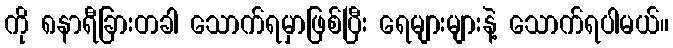
ကို ၈နာရီခြားတခါ သောက်ရမှာဖြစ်ပြီး ရေများများနဲ့ သောက်ရပါမယ်။